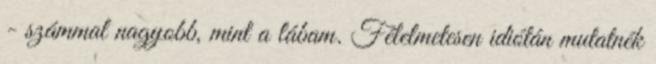
- számmal nagyobb, mint a lábam. Félelmetesen idiótán mutatnék